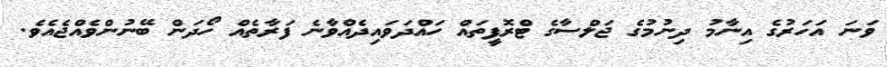
ވަނަ އަހަރުގެ އިނާމު ދިނުމުގެ ޖަލްސާގެ ޓްރޮފީތައް ހައްދަވައިދެއްވާނެ ފަރާތެއް ހޯދަން ބޭނުންވެއްޖެއެވެ.